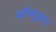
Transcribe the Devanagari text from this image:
बर्हाणपूरकर